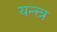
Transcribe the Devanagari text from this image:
यन्त्त्त्र